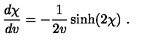
{ \frac { d \chi } { d v } } = - { \frac { 1 } { 2 v } } \sinh ( 2 \chi ) \ .